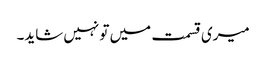
میری قسمت میں تو نہیں شاید۔